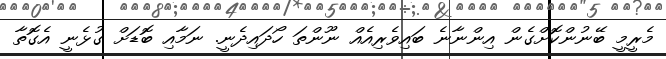
މެރީމީ ބޭނުންކޮށްގެން އިންނާނެ ބައިވެެރިއެއް ނޫންތަ ހޯދައިދެނީ. ނަމާއި ބޮޑަށް ގުޅެނީ އެގޮތާ